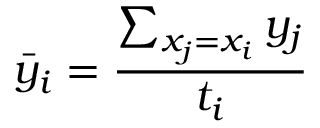
\bar { y } _ { i } = \frac { \sum _ { x _ { j } = x _ { i } } y _ { j } } { t _ { i } }